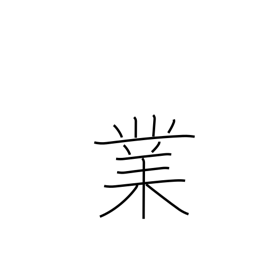
Meaning: performance